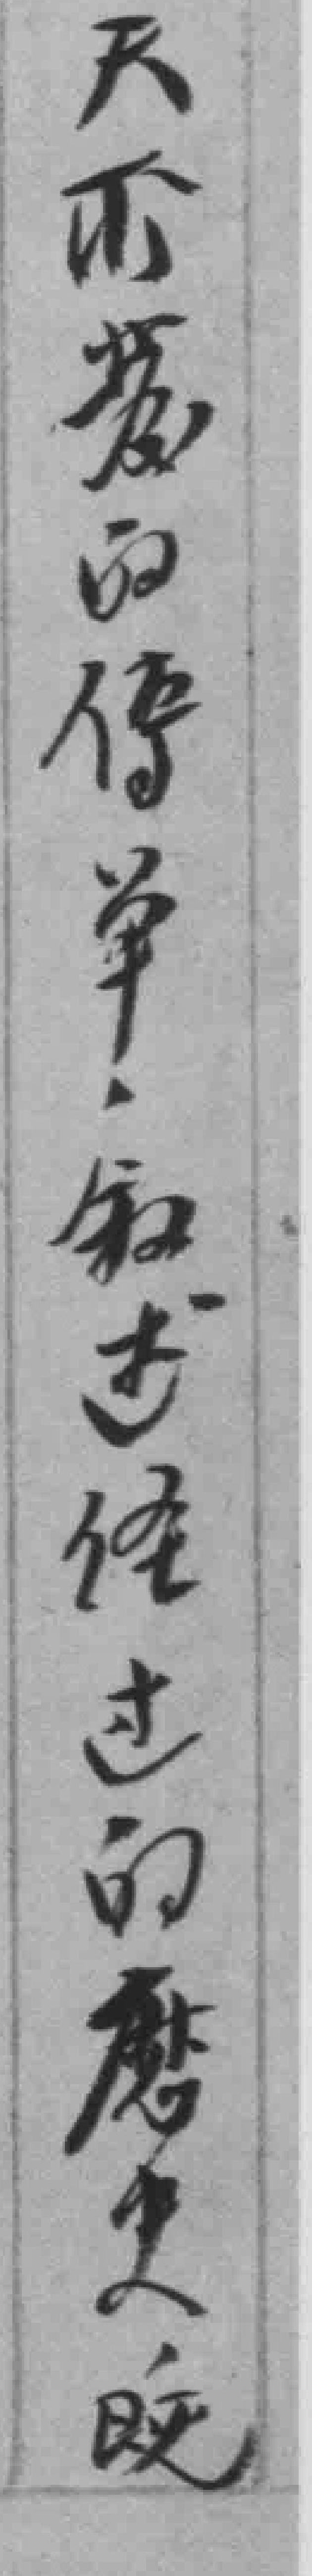
天*發的傳单敘述径过的歷史既